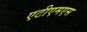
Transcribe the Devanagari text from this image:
एटीएमएस